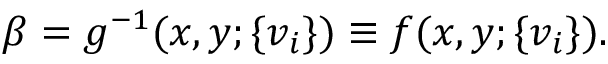
\beta = g ^ { - 1 } ( x , y ; \{ v _ { i } \} ) \equiv f ( x , y ; \{ v _ { i } \} ) .